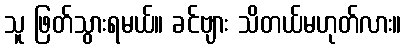
သူ ဖြတ်သွားရမယ်။ ခင်ဗျား သိတယ်မဟုတ်လား။